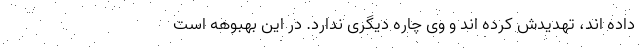
داده اند، تهدیدش کرده اند و وی چاره دیگری ندارد. در این بهبوهه است